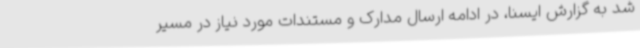
شد به گزارش ایسنا، در ادامه ارسال مدارک و مستندات مورد نیاز در مسیر